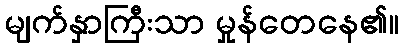
မျက်နှာကြီးသာ မှုန်တေနေ၏။